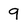
Character: 9